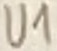
Text: U1